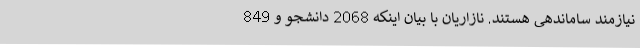
نیازمند ساماندهی هستند. نازاریان با بیان اینکه 2068 دانشجو و 849